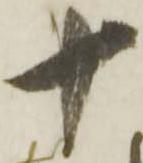
十